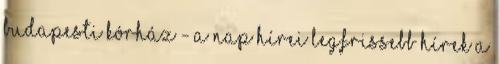
budapesti kórház - a nap hírei Legfrissebb hírek a